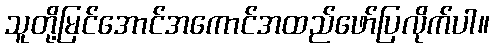
သူတို့မြင်အောင်အကောင်အထည်ဖော်ပြလိုက်ပါ။